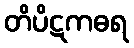
တိပိဋကဓရ